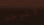
لاتوجد